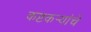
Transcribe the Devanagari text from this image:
कष्टकर्‍यांचे